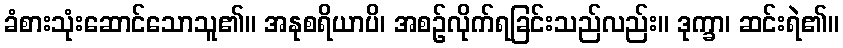
ခံစားသုံးဆောင်သောသူ၏။ အနုစရိယာပိ၊ အစဉ်လိုက်ရခြင်းသည်လည်း။ ဒုက္ခာ၊ ဆင်းရဲ၏။